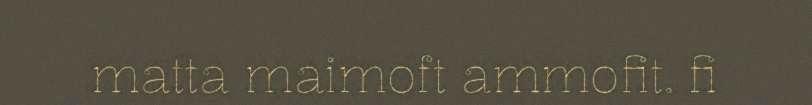
matta maimoft ammofit. fi